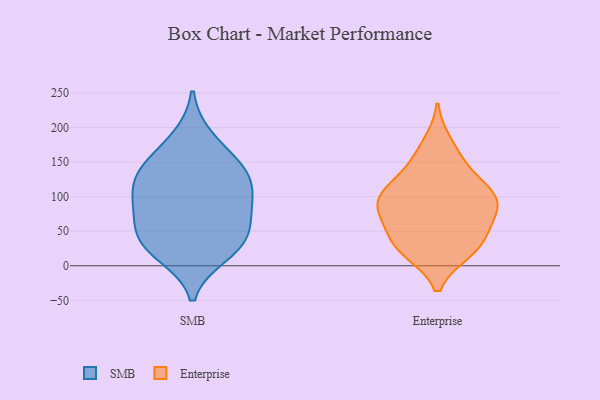
{"axis": {"x": "Gross Profit (USD K)", "y": "Value"}, "legend": ["Enterprise", "SMB"], "data": [{"x": "", "y": 27, "type": "SMB"}, {"x": "", "y": 185, "type": "SMB"}, {"x": "", "y": 138, "type": "SMB"}, {"x": "", "y": 123, "type": "SMB"}, {"x": "", "y": 100, "type": "SMB"}, {"x": "", "y": 65, "type": "SMB"}, {"x": "", "y": 39, "type": "SMB"}, {"x": "", "y": 17, "type": "SMB"}, {"x": "", "y": 37, "type": "SMB"}, {"x": "", "y": 152, "type": "SMB"}, {"x": "", "y": 132, "type": "SMB"}, {"x": "", "y": 95, "type": "SMB"}, {"x": "", "y": 78, "type": "SMB"}, {"x": "", "y": 140, "type": "Enterprise"}, {"x": "", "y": 80, "type": "Enterprise"}, {"x": "", "y": 22, "type": "Enterprise"}, {"x": "", "y": 104, "type": "Enterprise"}, {"x": "", "y": 37, "type": "Enterprise"}, {"x": "", "y": 70, "type": "Enterprise"}, {"x": "", "y": 178, "type": "Enterprise"}, {"x": "", "y": 20, "type": "Enterprise"}, {"x": "", "y": 60, "type": "Enterprise"}, {"x": "", "y": 114, "type": "Enterprise"}, {"x": "", "y": 20, "type": "Enterprise"}, {"x": "", "y": 83, "type": "Enterprise"}, {"x": "", "y": 154, "type": "Enterprise"}, {"x": "", "y": 45, "type": "Enterprise"}, {"x": "", "y": 98, "type": "Enterprise"}, {"x": "", "y": 100, "type": "Enterprise"}, {"x": "", "y": 103, "type": "Enterprise"}]}